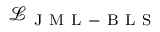
\mathcal { L } _ { \mathrm { ~ J ~ M ~ L ~ - ~ B ~ L ~ S ~ } }